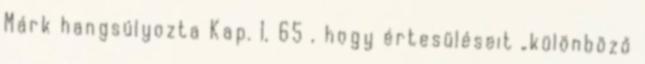
Márk hangsúlyozta Kap. 1, 65 , hogy értesüléseit „különböző